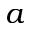
a